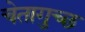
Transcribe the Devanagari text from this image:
चेतागुच्छ